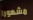
مشهورا